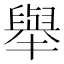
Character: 舉